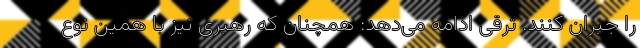
را جبران کنند. ترقی ادامه می‌دهد: همچنان که رهبری نیز با همین نوع